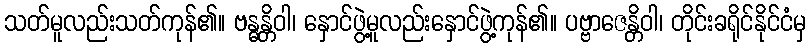
သတ်မူလည်းသတ်ကုန်၏။ ဗန္ဓန္တိဝါ၊ နှောင်ဖွဲ့မူလည်းနှောင်ဖွဲ့ကုန်၏။ ပဗ္ဗာဇေန္တိဝါ၊ တိုင်းခရိုင်နိုင်ငံမှ